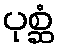
ပုစ္ဆံ